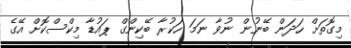
މިގޮތަށް ހަދަން ބޭނުން ނުވާ ނަމަ ހަކުރާ ބޭކިންގް ޕައުޑާ މިކްސްކޮށް އޭގެ